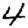
Digit: 4